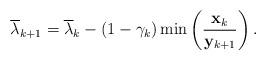
LaTeX: \begin{align*}\overline{\lambda }_{k+1}=\overline{\lambda }_{k}-\left( 1-\gamma_{k}\right) \min \left( \frac{\mathbf{x}_{k}}{\mathbf{y}_{k+1}}\right) .\end{align*}